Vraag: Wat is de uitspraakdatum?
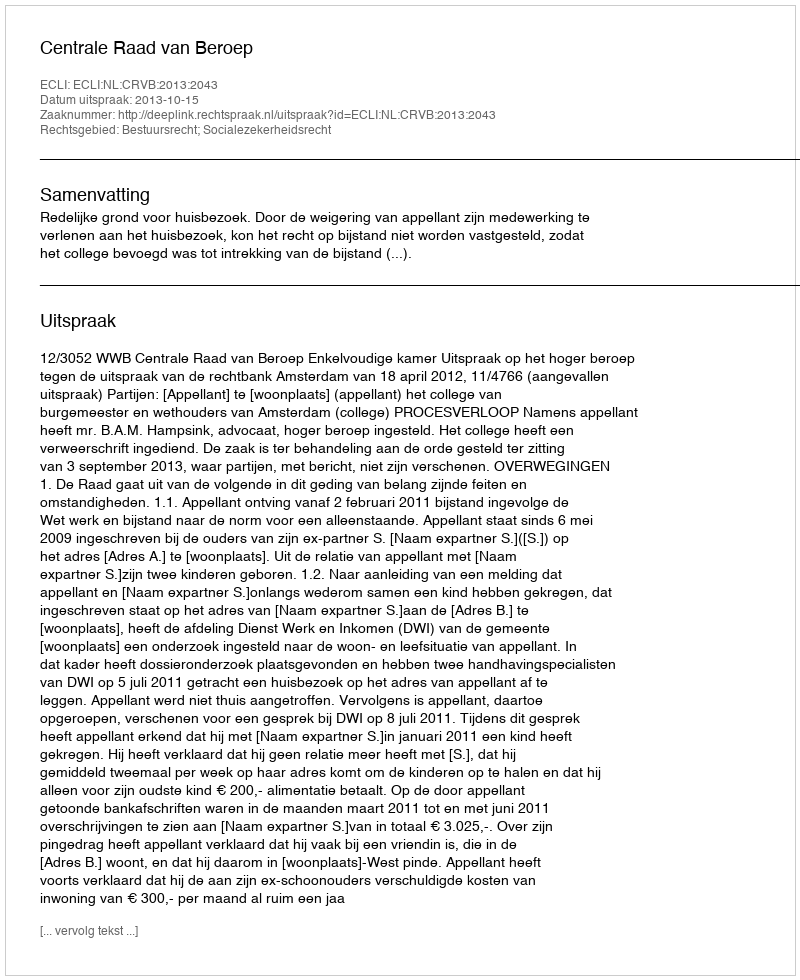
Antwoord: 2013-10-15